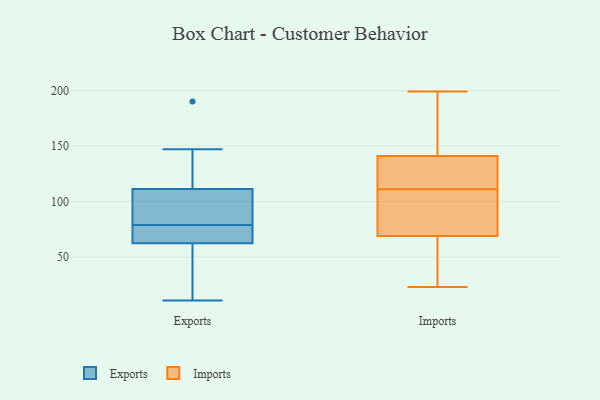
{"axis": {"x": "Active Users", "y": "Value"}, "legend": ["Exports", "Imports"], "data": [{"x": "", "y": 190, "type": "Exports"}, {"x": "", "y": 126, "type": "Exports"}, {"x": "", "y": 19, "type": "Exports"}, {"x": "", "y": 73, "type": "Exports"}, {"x": "", "y": 85, "type": "Exports"}, {"x": "", "y": 147, "type": "Exports"}, {"x": "", "y": 78, "type": "Exports"}, {"x": "", "y": 79, "type": "Exports"}, {"x": "", "y": 92, "type": "Exports"}, {"x": "", "y": 11, "type": "Exports"}, {"x": "", "y": 60, "type": "Exports"}, {"x": "", "y": 32, "type": "Exports"}, {"x": "", "y": 115, "type": "Exports"}, {"x": "", "y": 70, "type": "Exports"}, {"x": "", "y": 100, "type": "Exports"}, {"x": "", "y": 150, "type": "Imports"}, {"x": "", "y": 77, "type": "Imports"}, {"x": "", "y": 121, "type": "Imports"}, {"x": "", "y": 193, "type": "Imports"}, {"x": "", "y": 36, "type": "Imports"}, {"x": "", "y": 116, "type": "Imports"}, {"x": "", "y": 82, "type": "Imports"}, {"x": "", "y": 67, "type": "Imports"}, {"x": "", "y": 71, "type": "Imports"}, {"x": "", "y": 28, "type": "Imports"}, {"x": "", "y": 197, "type": "Imports"}, {"x": "", "y": 115, "type": "Imports"}, {"x": "", "y": 107, "type": "Imports"}, {"x": "", "y": 132, "type": "Imports"}, {"x": "", "y": 49, "type": "Imports"}, {"x": "", "y": 199, "type": "Imports"}, {"x": "", "y": 170, "type": "Imports"}, {"x": "", "y": 126, "type": "Imports"}, {"x": "", "y": 88, "type": "Imports"}, {"x": "", "y": 23, "type": "Imports"}]}